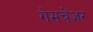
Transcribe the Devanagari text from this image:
गेमचेंजर